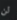
لن